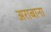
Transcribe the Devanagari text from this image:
अराबाना